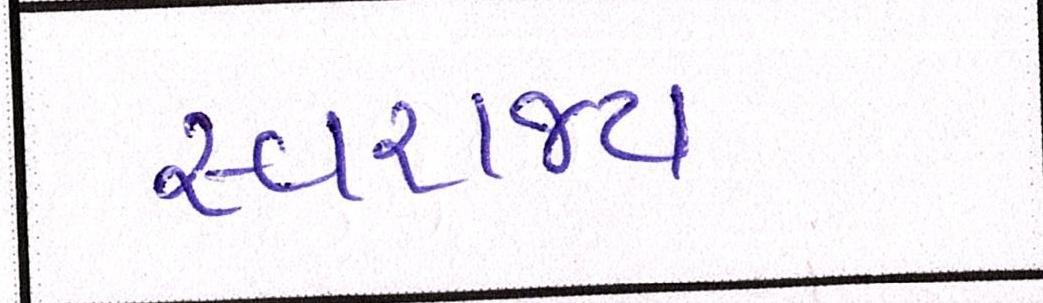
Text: સ્વરાજ્ય